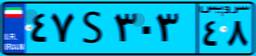
۴۷S۳۰۳۴۸